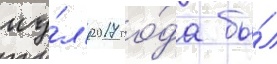
иу́л'я 2017 го́да бы́л